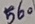
Text: 560